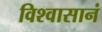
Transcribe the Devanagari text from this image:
विश्वासानं